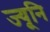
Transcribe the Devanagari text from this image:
ज्यूनि